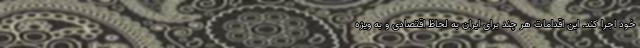
خود اجرا کند. این اقدامات هر چند برای ایران به لحاظ اقتصادی و به ویژه